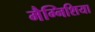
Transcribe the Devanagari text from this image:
मैग्निशिया